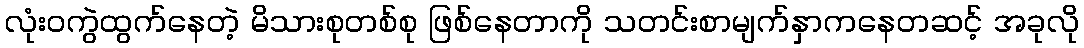
လုံးဝကွဲထွက်နေတဲ့ မိသားစုတစ်စု ဖြစ်နေတာကို သတင်းစာမျက်နှာကနေတဆင့် အခုလို